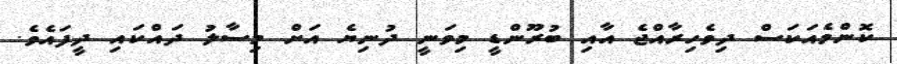
ކޮންމެއަކަސް ދިވެހިރާއްޖެ އާއި ބުރޫންޑީ މިވަނީ ދުނިޔެ އަށް މިސާލު ދައްކައި ދީފައެވެ.